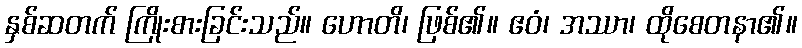
နှစ်ဆတက် ကြိုးစားခြင်းသည်။ ဟောတိ၊ ဖြစ်၏။ ဧဝံ၊ အဿာ၊ ထိုစေတနာ၏။